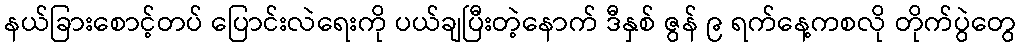
နယ်ခြားစောင့်တပ် ပြောင်းလဲရေးကို ပယ်ချပြီးတဲ့နောက် ဒီနှစ် ဇွန် ၉ ရက်နေ့ကစလို တိုက်ပွဲတွေ